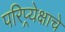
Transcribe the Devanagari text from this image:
परिप्र्येक्षाचे